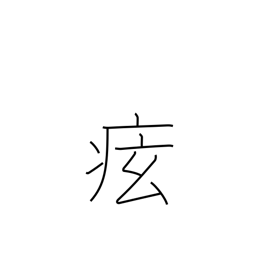
Meaning: cramps